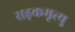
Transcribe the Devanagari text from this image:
सड़कमृत्यु